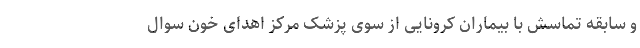
و سابقه تماسش با بیماران کرونایی از سوی پزشک مرکز اهدای خون سوال